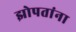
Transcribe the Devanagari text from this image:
झोपतांना